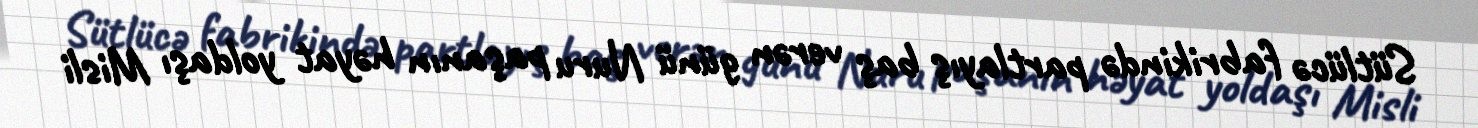
Sütlücə fabrikində partlayış baş verən günü Nuru paşanın həyat yoldaşı Misli